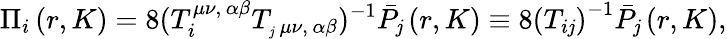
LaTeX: \Pi_{i}\left(r,K\right)=8(T_{i}^{\mu\nu,\, \alpha\beta}T_{_\mathit{j}\, \mu\nu,\, \alpha\beta})^{-1}\bar{{P}}_{\mathit{j}}\left(r,K\right)\equiv8\left(T_{i\mathit{j}}\right)^{-1}\bar{{P}}_{\mathit{j}}\left(r,K\right),